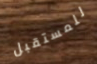
للمستقبل